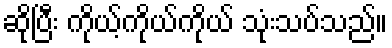
ဆိုပြီး ကိုယ့်ကိုယ်ကိုယ် သုံးသပ်သည်။